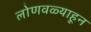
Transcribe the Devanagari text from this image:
लोणवळ्याहून